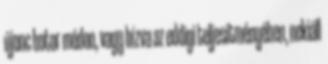
újonc botor módon, vagy bízva az eddigi teljesítményében, nekiáll